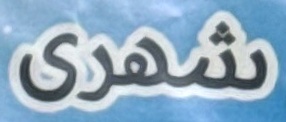
شهرى